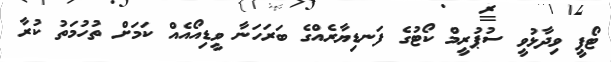
ޓޯޕީ ވިދާޅުވީ ސުޕުރީމް ކޯޓުގެ ފަނޑިޔާރެއްގެ ބަރަހަނާ ވީޑިއޯއެއް ކަމަށް ތުހުމަތު ކުރާ